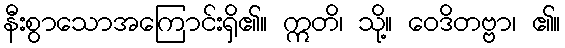
နီးစွာသောအကြောင်းရှိ၏။ ဣတိ၊ သို့။ ဝေဒိတဗ္ဗာ၊ ၏။